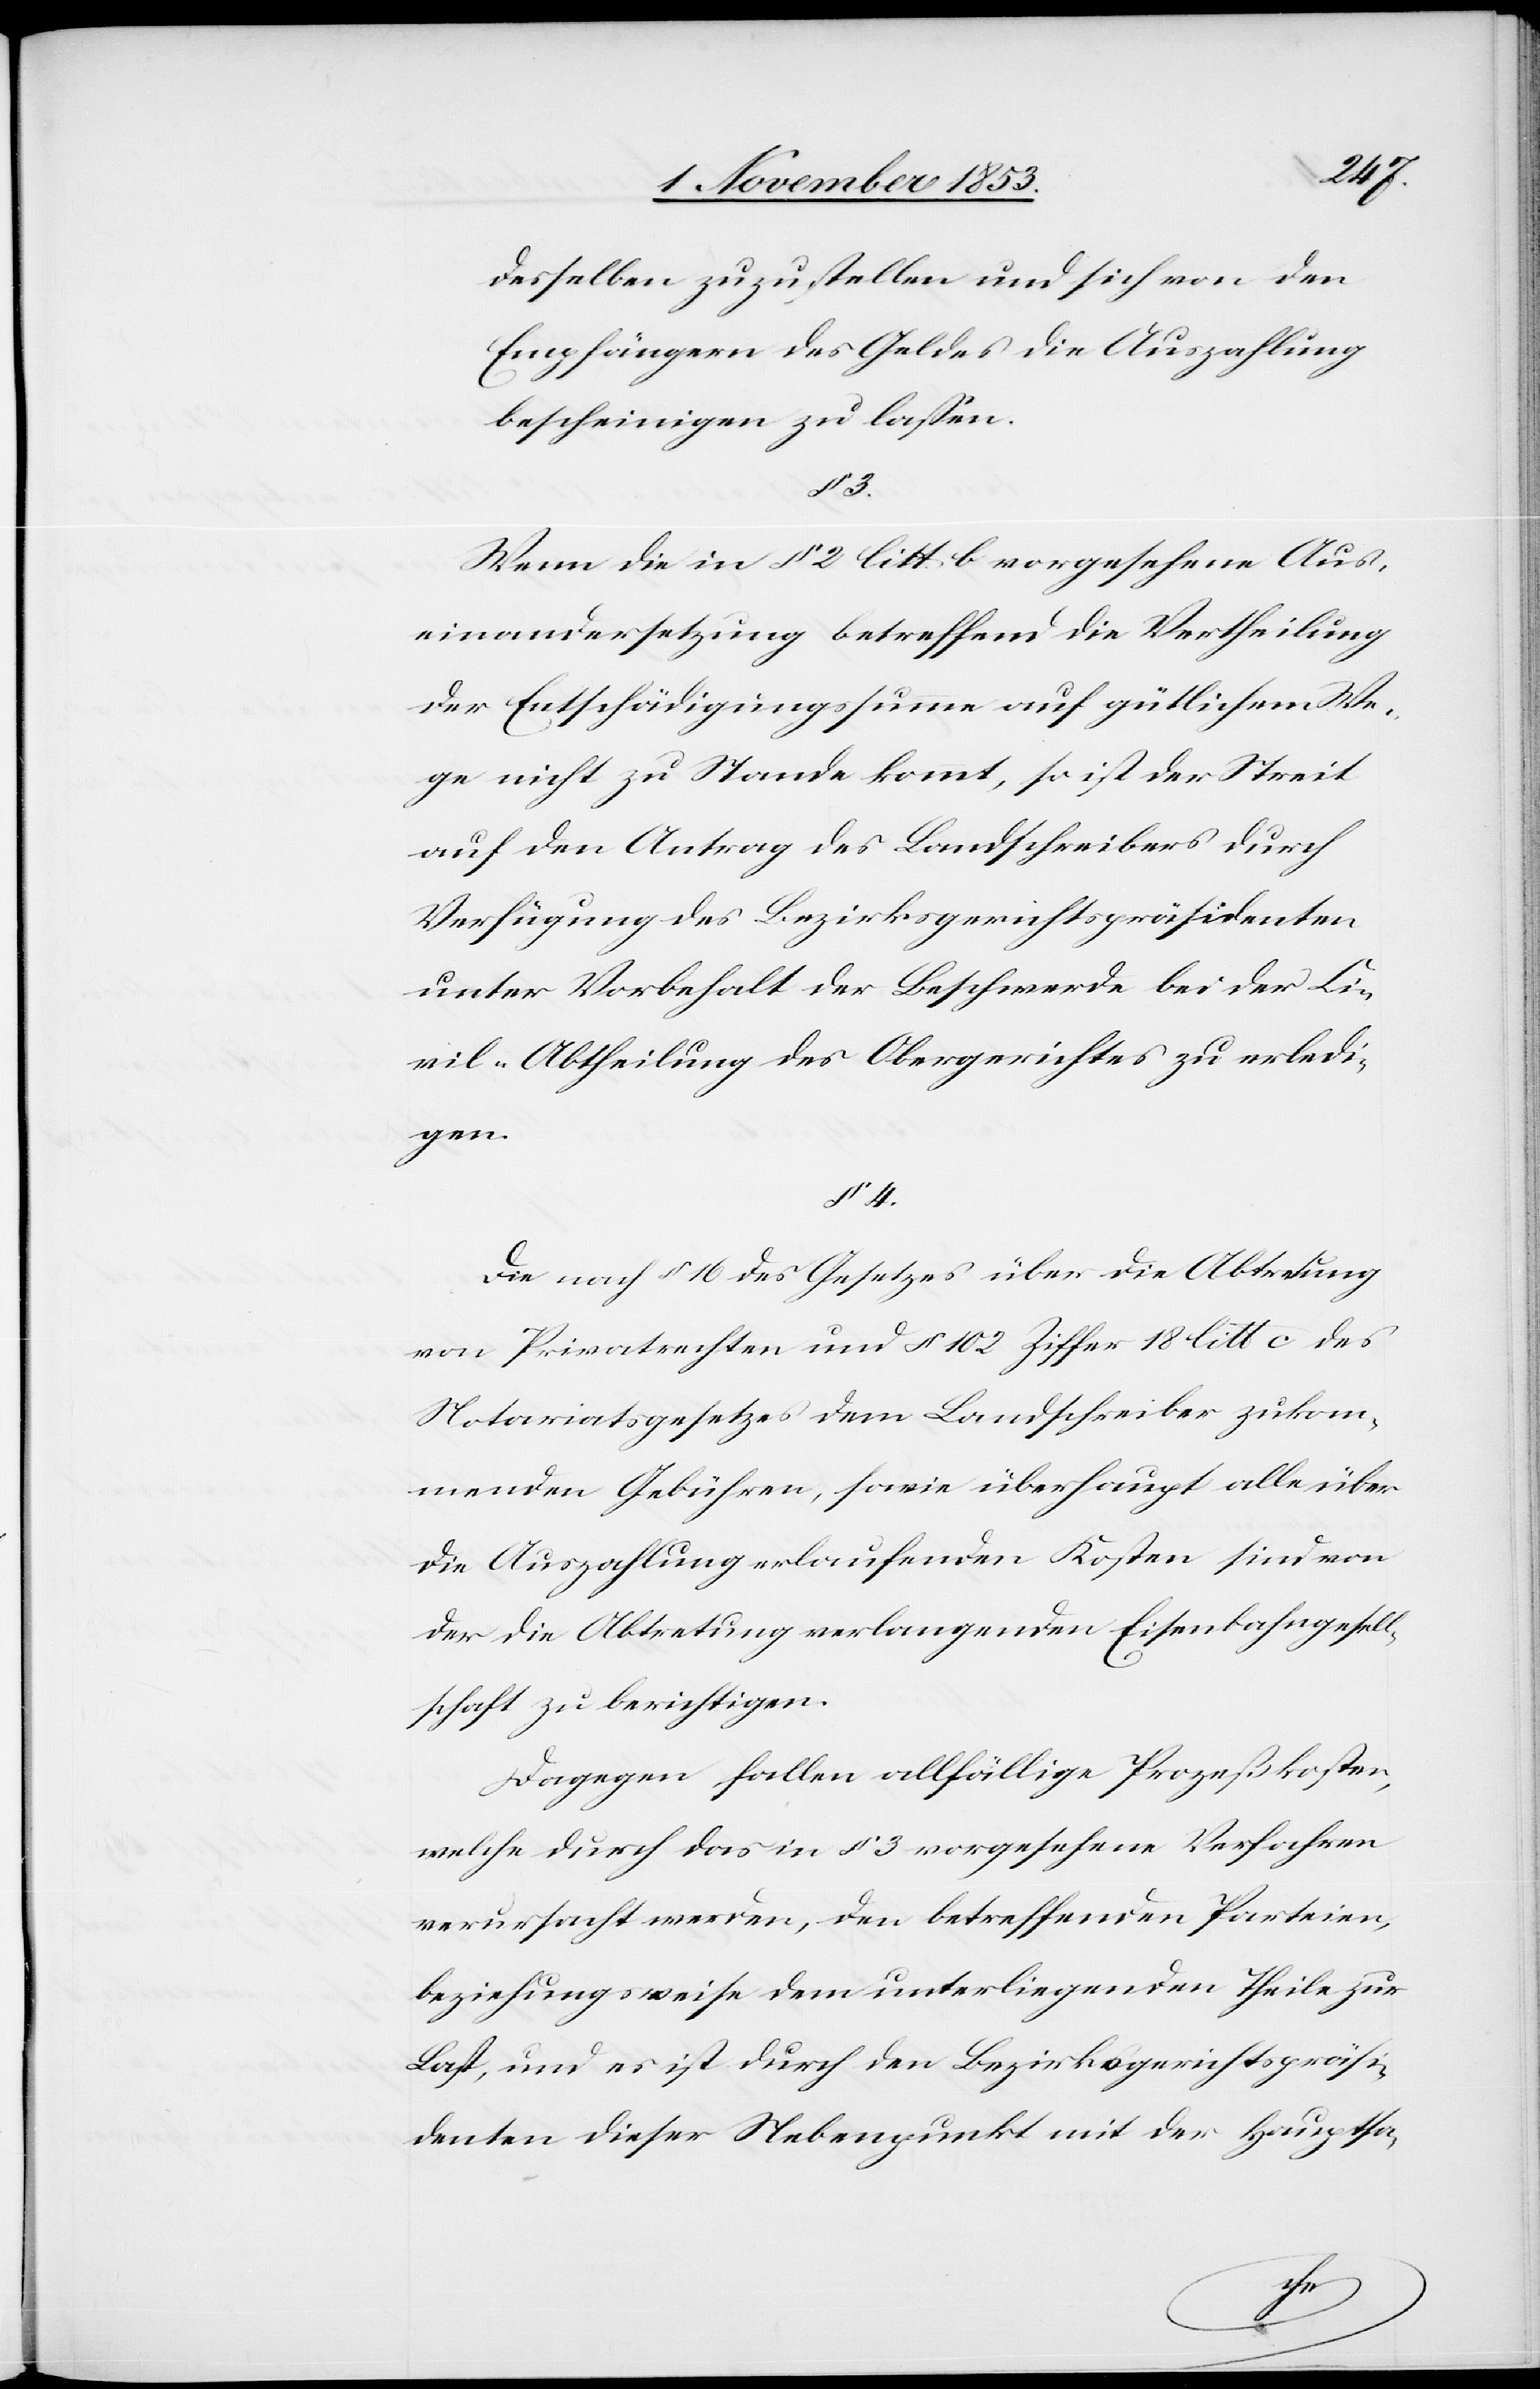
desselben zuzustellen und sich von den
Empfängern des Geldes die Auszahlung
bescheinigen zu laßen.
§ 3.
Wenn die in § 2 litt. b vorgesehene Aus¬
einandersetzung betreffend die Vertheilung
der Entschädigungssumme auf gütlichem We¬
ge nicht zu Stande kommt, so ist der Streit
auf den Antrag des Landschreibers durch
Verfügung des Bezirksgerichtspräsidenten
unter Vorbehalt der Beschwerde bei der Ci¬
vil-Abtheilung des Obergerichtes zu erledi¬
gen.
§ 4.
Die nach § 16 des Gesetzes über die Abtretung
von Privatrechten und § 102 Ziffer 18 litt c des
Notariatsgesetzes dem Landschreiber zukom¬
menden Gebühren, sowie überhaupt alle über
die Auszahlung erlaufenden Kosten sind von
der die Abtretung verlangenden Eisenbahngesell¬
schaften zu berichtigen.
Dagegen fallen allfällige Prozeßkosten,
welche durch das in § 3 vorgesehene Verfahren
verursacht werden, den betreffenden Parteien,
beziehungsweise dem unterliegenden Theile zur
Last, und es ist durch den Bezirksgerichtspräsi¬
denten dieser Nebenpunkt mit der Hauptsa-